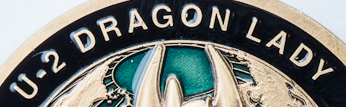
U-2 DRAGON LADY